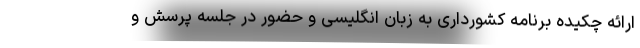
ارائه چکیده برنامه کشورداری به زبان انگلیسی و حضور در جلسه پرسش و